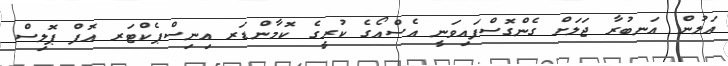
އަލުން އަނބުރާ ޖަލަށް ގެންގޮސްފައިވަނީ އެސްއޯގެ ކުރީގެ ކޮމާންޑަރ އިނިސްޕެކްޓަރ އޮފް ޕޮލިސް